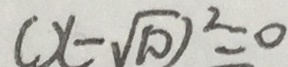
( x - \sqrt { 1 0 } ) ^ { 2 } = 0